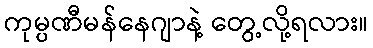
ကုမ္ပဏီမန်နေဂျာနဲ့ တွေ့လို့ရလား။